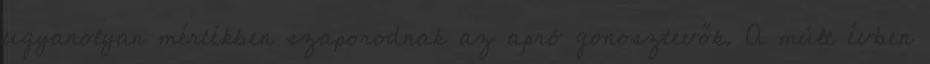
ugyanolyan mértékben szaporodnak az apró gonosztevők. A múlt évben